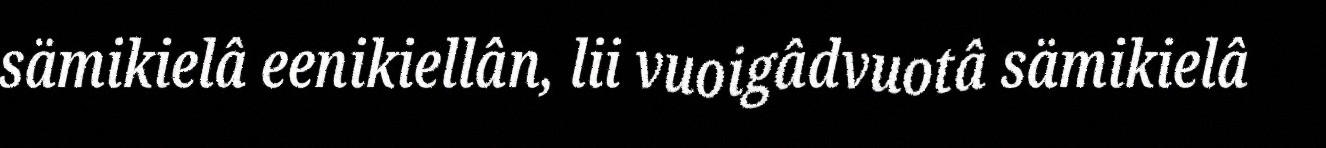
sämikielâ eenikiellân, lii vuoigâdvuotâ sämikielâ